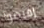
إقبضوا